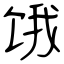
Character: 饿